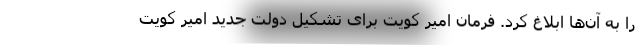
را به آن‌ها ابلاغ کرد. فرمان امیر کویت برای تشکیل دولت جدید امیر کویت